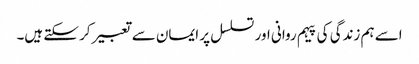
اسے ہم زندگی کی پیہم روانی اور تسلسل پر ایمان سے تعبیر کر سکتے ہیں۔